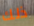
ذلك